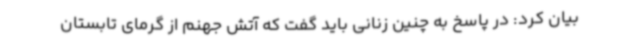
بیان کرد: در پاسخ به چنین زنانی باید گفت که آتش جهنم از گرمای تابستان